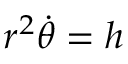
r ^ { 2 } { \dot { \theta } } = h